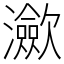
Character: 㶑